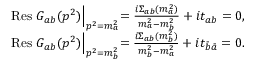
\begin{array} { r l } & { \mathrm { R e s } \ G _ { a b } ( p ^ { 2 } ) \Bigl | _ { p ^ { 2 } = m _ { a } ^ { 2 } } = \frac { i \Sigma _ { a b } ( m _ { a } ^ { 2 } ) } { m _ { a } ^ { 2 } - m _ { b } ^ { 2 } } + i t _ { a b } = 0 , } \\ & { \mathrm { R e s } \ G _ { a b } ( p ^ { 2 } ) \Bigl | _ { p ^ { 2 } = m _ { b } ^ { 2 } } = \frac { i \Sigma _ { a b } ( m _ { b } ^ { 2 } ) } { m _ { b } ^ { 2 } - m _ { a } ^ { 2 } } + i t _ { \bar { b } \bar { a } } = 0 . } \end{array}